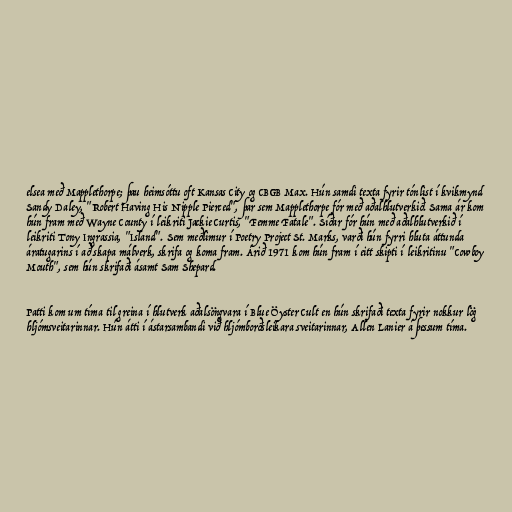
elsea með Mapplethorpe; þau heimsóttu oft Kansas City og CBGB Max. Hún samdi texta fyrir tónlist í kvikmynd
Sandy Daley, "Robert Having His Nipple Pierced", þar sem Mapplethorpe fór með aðalhlutverkið. Sama ár kom
hún fram með Wayne County í leikriti Jackie Curtis, "Femme Fatale". Síðar fór hún með aðalhlutverkið í
leikriti Tony Ingrassia, "Island". Sem meðlimur í Poetry Project St. Marks, varði hún fyrri hluta áttunda
áratugarins í að skapa málverk, skrifa og koma fram. Árið 1971 kom hún fram í eitt skipti í leikritinu "Cowboy
Mouth", sem hún skrifaði ásamt Sam Shepard.

Patti kom um tíma til greina í hlutverk aðalsöngvara í Blue Öyster Cult en hún skrifaði texta fyrir nokkur lög
hljómsveitarinnar. Hún átti í ástarsambandi við hljómborðsleikara sveitarinnar, Allen Lanier á þessum tíma.